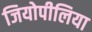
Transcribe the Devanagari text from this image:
जियोपीलिया